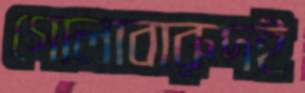
গোলাবারুদই